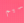
سيم